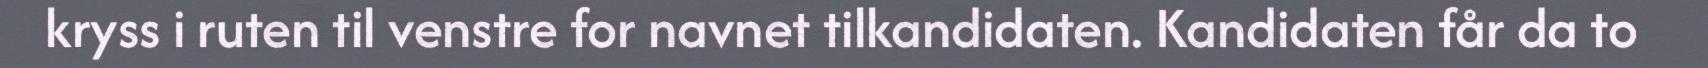
kryss i ruten til venstre for navnet tilkandidaten. Kandidaten får da to